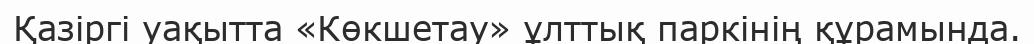
Қазіргі уақытта «Көкшетау» ұлттық паркінің құрамында.